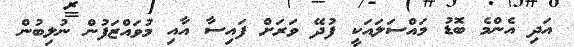
އަދި އެންމެ ބޮޑު މައްސަލައަކީ ފުދޭ ވަރަށް ފައިސާ އާއި މުވައްޒަފުން ނުލިބުން